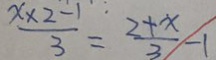
\frac { x \times 2 - 1 } { 3 } = \frac { 2 + x } { 3 } - 1